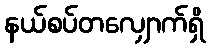
နယ်စပ်တလျှောက်ရှိ